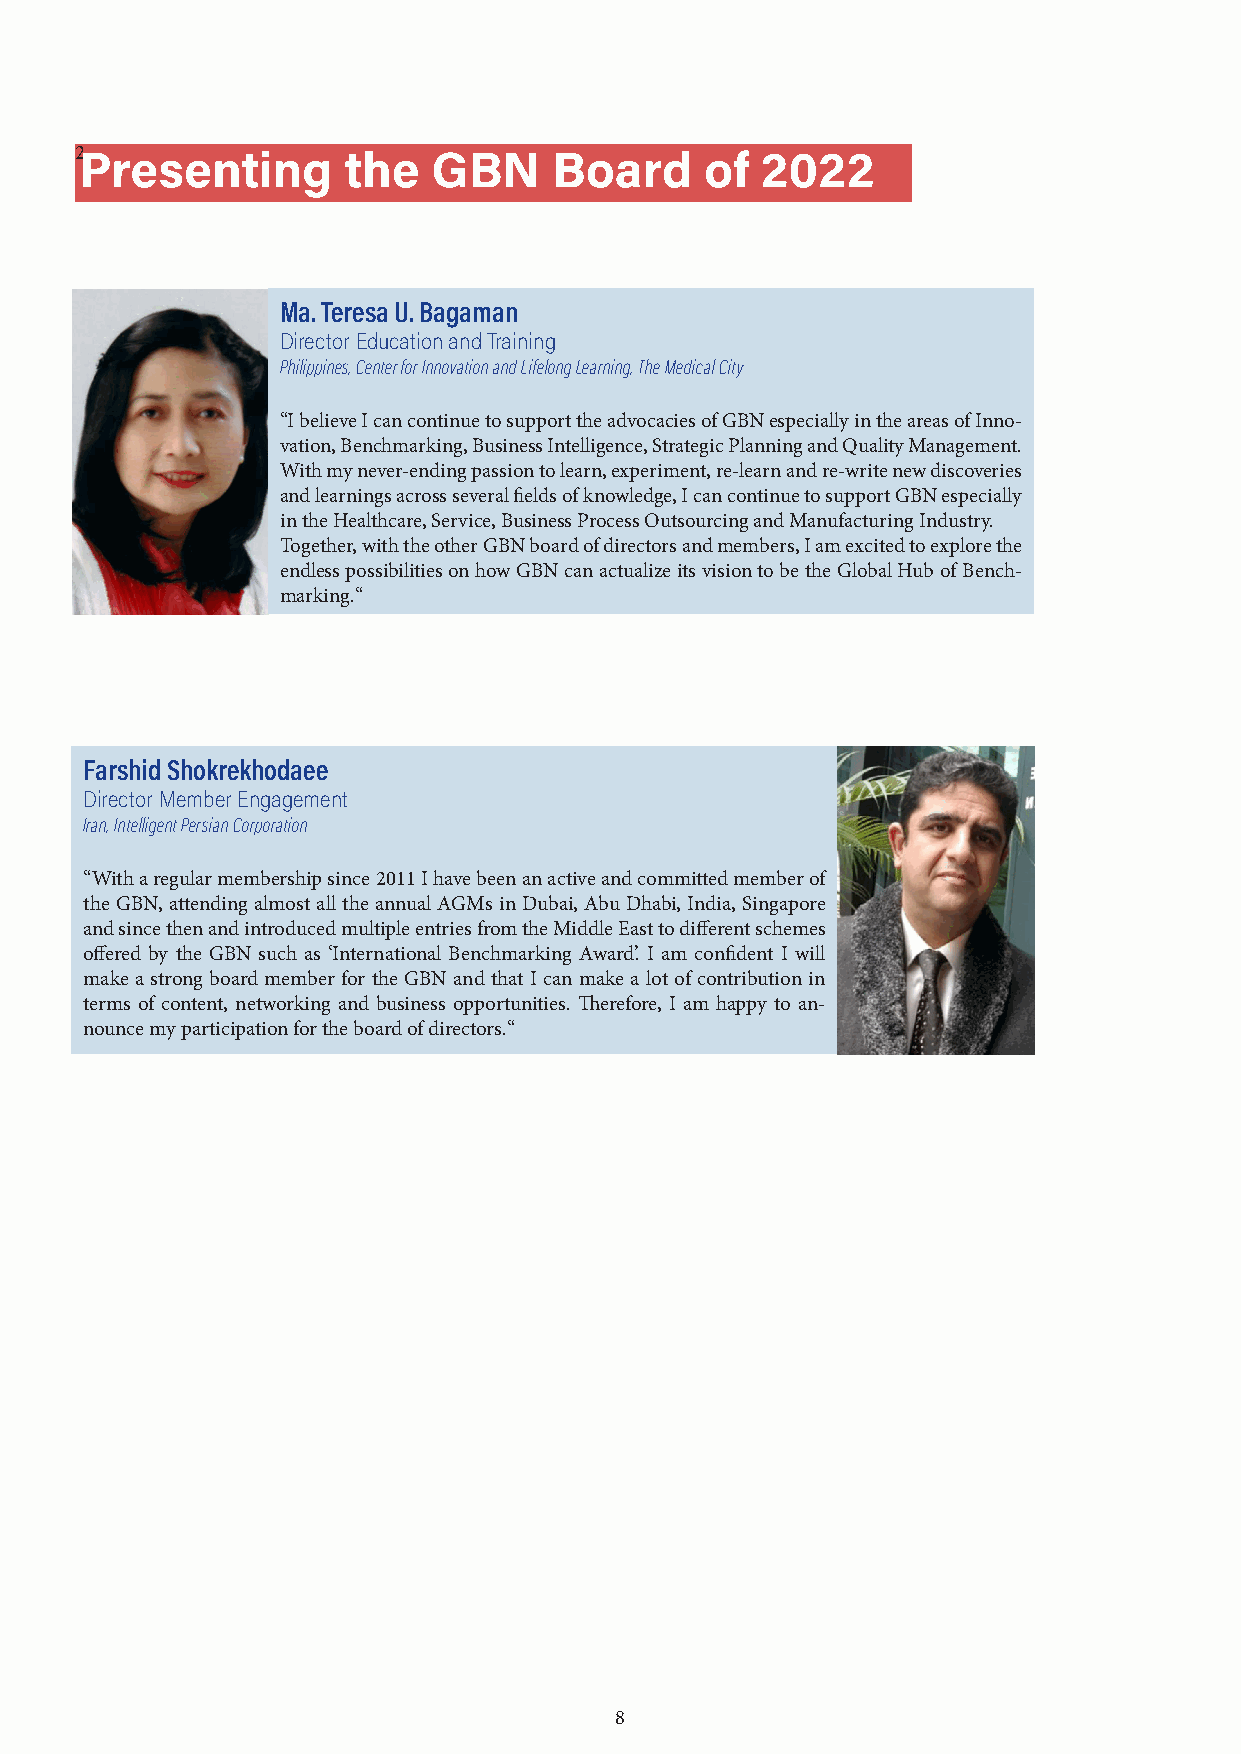
2Presenting       the   GBN     Board     of 2022
 Ma. Teresa U. Bagaman
 Director Education and Training
 Philippines, Center for Innovation and Lifelong Learning, The Medical City
 “I believe I can continue to support the advocacies of GBN especially in the areas of Inno-
 vation, Benchmarking, Business Intelligence, Strategic Planning and Quality Management.
 With my never-ending passion to learn, experiment, re-learn and re-write new discoveries
 and learnings across several fields of knowledge, I can continue to support GBN especially
 in the Healthcare, Service, Business Process Outsourcing and Manufacturing Industry.
 Together, with the other GBN board of directors and members, I am excited to explore the
 endless possibilities on how GBN can actualize its vision to be the Global Hub of Bench-
 marking.“
 Farshid Shokrekhodaee
 Director Member Engagement
 Iran, Intelligent Persian Corporation
 “With a regular membership since 2011 I have been an active and committed member of
 the GBN, attending almost all the annual AGMs in Dubai, Abu Dhabi, India, Singapore
 and since then and introduced multiple entries from the Middle East to different schemes
 offered by the GBN such as ‘International Benchmarking Award’. I am confident I will
 make a strong board member for the GBN and that I can make a lot of contribution in
 terms of content, networking and business opportunities. Therefore, I am happy to an-
 nounce my participation for the board of directors.“
 8